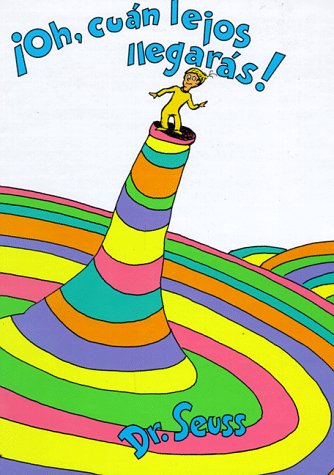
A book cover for Â¡Oh, cÃºan lejos llegarÃ¡s!; Dr. Seuss; Children's Books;